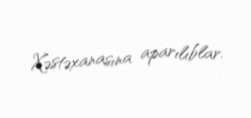
Xəstəxanasına aparılıblar.